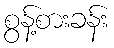
စွန့်စားခန်း